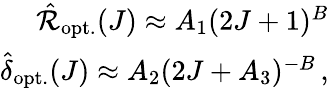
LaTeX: \begin{array}{r}{\hat{\mathcal{R}}_{\mathrm{opt.}}(J)\approx A_{1}(2J+1)^{B}}\\ {\hat{\delta}_{\mathrm{opt.}}(J)\approx A_{2}(2J+A_{3})^{-B}\, ,}\end{array}